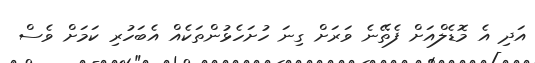
އަދި އެ މޮޑެލްއަށް ފެތޭނެ ވަރަށް ގިނަ ހުށަހެޅުންތަކެއް އެބަހުރި ކަމަށް ވެސް